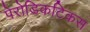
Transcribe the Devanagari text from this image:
पेरोडिकटिकस